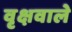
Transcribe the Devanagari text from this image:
वृक्षवाले